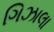
ગિઝાલા